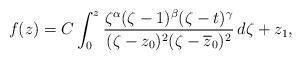
LaTeX: \begin{align*}f(z)=C\int_0^z\frac{\zeta^\alpha(\zeta-1)^\beta(\zeta-t)^\gamma}{(\zeta-z_0)^2(\zeta-\overline{z}_0)^2}\,d\zeta+z_1,\end{align*}